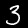
Label: 3